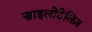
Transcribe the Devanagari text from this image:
साइलोटेलिज़